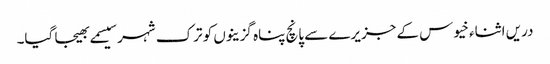
دریں اثناء خیوس کے جزیرے سے پانچ پناہ گزینوں کو ترک شہر سیسمے بھیجا گیا۔